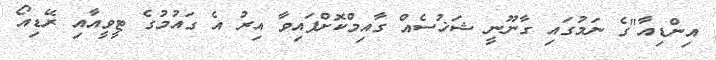
އިންޑިއާ"ގެ ނަމުގައި ގާނޫނީ ޝަޚުސެއް ގާއިމްކޮށްފައިވާ އިރު އެ ގައުމުގެ ޓީވީއާއި ރޭޑިއޯ